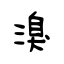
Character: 溴